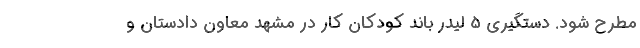
مطرح شود. دستگیری 5 لیدر باند کودکان کار در مشهد معاون دادستان و